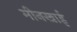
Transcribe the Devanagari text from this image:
मीनखाई